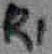
Text: R1